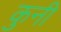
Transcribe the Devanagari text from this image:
कुनी